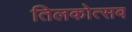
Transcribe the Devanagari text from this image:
तिलकोत्सव